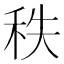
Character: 秩